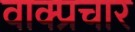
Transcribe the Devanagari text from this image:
वाक्‍प्रचार